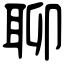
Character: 聊